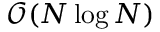
\mathcal { O } ( N \log N )